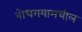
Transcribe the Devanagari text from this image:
बोधगयामधील